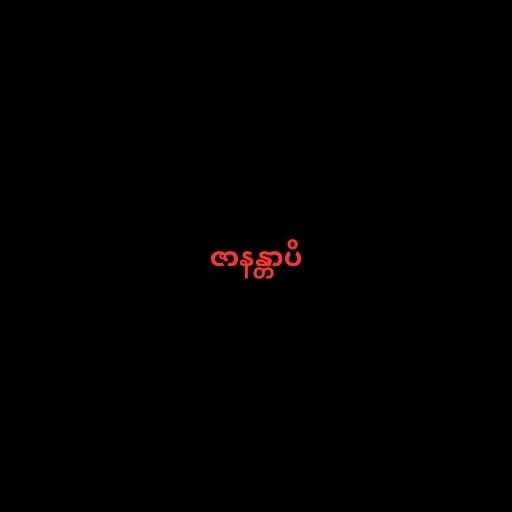
ဇာနန္တာပိ